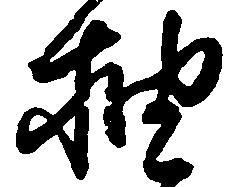
抽